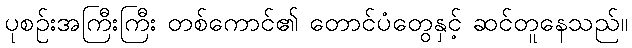
ပုစဉ်းအကြီးကြီး တစ်ကောင်၏ တောင်ပံတွေနှင့် ဆင်တူနေသည်။